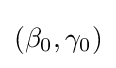
(\beta _{0},\gamma _{0})